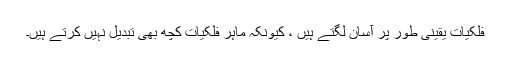
فلکیات یقینی طور پر آسان لگتے ہیں ، کیونکہ ماہر فلکیات کچھ بھی تبدیل نہیں کرتے ہیں۔